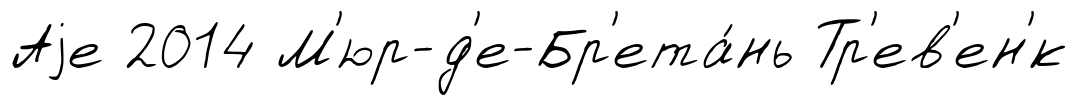
Аjе 2014 М'юр-д'е-Бр'ета́нь Тр'ев'ен'́к